Trukikaitis_Postimees, lk 91
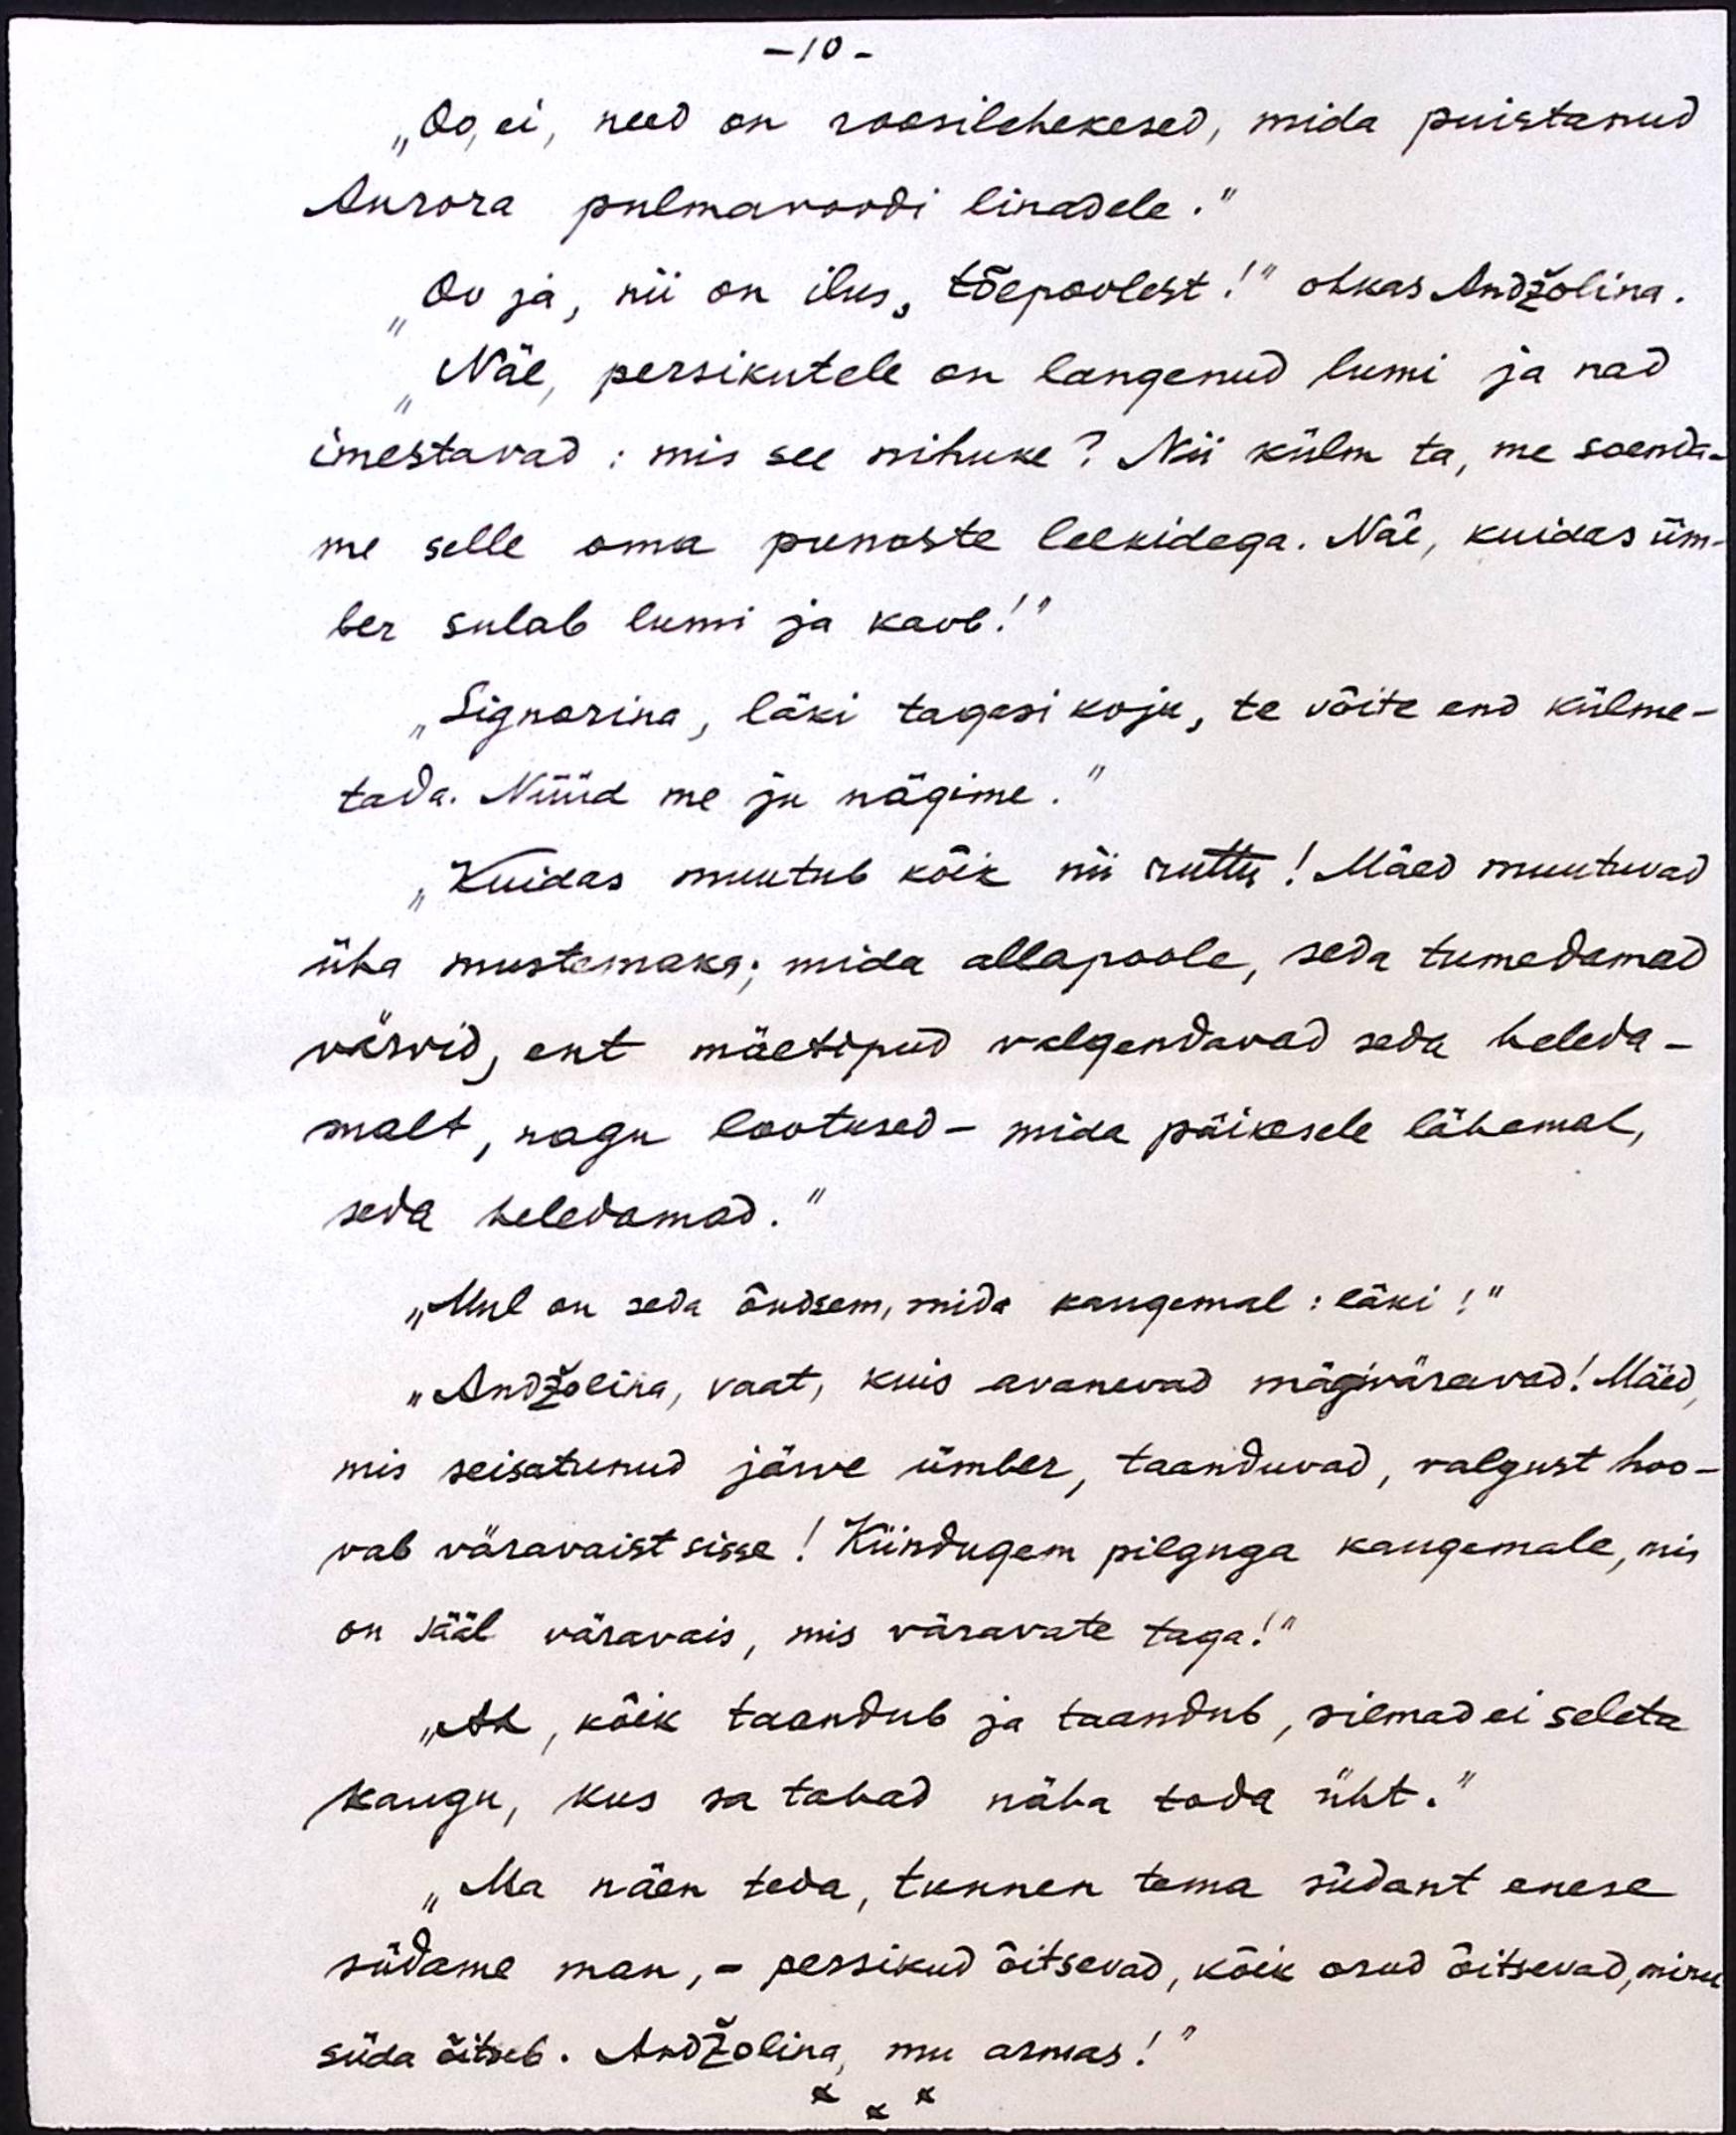
- 10 -
"Oo, ei, need on roosilehekesed, mida puistanud
Aurora pulmavoodi linadele.“
„Oo ja, nii on ilus, tõepoolest!" ohkas Andžolina.
"Näe, persikutele on langenud lumi ja nad
imestavad: mis see nihuke? Nii külm ta, me soenda-
me selle oma punaste leekidega. Näe, kuidas üm-
ber sulab lumi ja kaob!“
"Signorina, läki tagasi koju, te võite end külme-
tada. Nüüd me ju nägime."
"Kuidas muutub kõik nii ruttu! Mäed muutuvad
üha mustemaks; mida allapoole, seda tumedamad
värvid, ent mäetipud valgendavad seda heleda-
malt, nagu lootused - mida päikesele lähemal,
seda heledamad."
"Mul on seda õudsem, mida kaugemal: läki!"
"Andžolina, vaat, kuis avanevad mägiväravad! Mäed,
mis seisatunud järve ümber, taanduvad, valgust hoo-
vab väravaist sisse! Kiindugem pilguga kaugemale, mis
on sääl väravais, mis väravate taga!"
,, Ah, kõik taandub ja taandub, silmad ei seleta
kaugu, kus sa tahad näha toda üht."
„Ma näen teda, tunnen tema südant enese
südame man, - persikud õitsevad, kõik orud õitsevad, minu
süda õitseb. Andžolina, mu armas!“